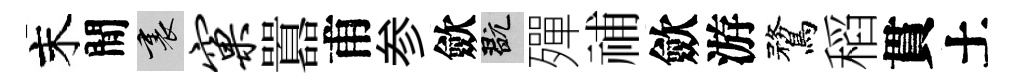
末閒裏窠囂甫参歛玩殫𥙷歛游鶩稻貫土